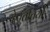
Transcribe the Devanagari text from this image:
देपुततियों